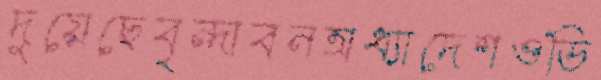
দুয়েছেবৃন্দাবনঅধ্যাদেশওডি